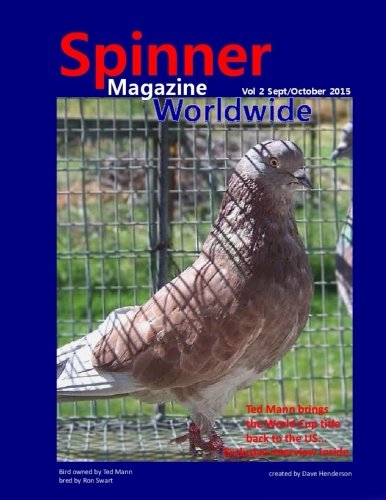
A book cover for Spinner Magazine Worldwide: Vol 2 Sept/Oct 2015; Dave Henderson; Crafts, Hobbies & Home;